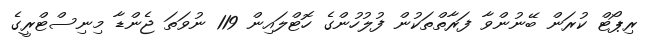
ރިޕޯޓް ކުރަން ބޭނުންވާ ފަރާތްތަކުން ފުލުހުންގެ ހޮޓްލައިން 119 ނުވަތަ ޖެންޑާ މިނިސްޓްރީގެ